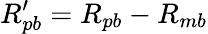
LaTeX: R_{pb}^{\prime}=R_{pb}-R_{mb}